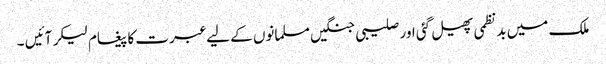
ملک میں بدنظمی پھیل گئی اور صلیبی جنگیں مسلمانوں کے لیے عبرت کا پیغام لیکر آئیں ۔